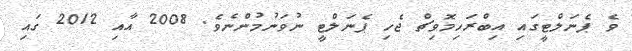
ވެ ޕެނަލްޓީގައި އިބްރަހިމޮވިޗް ޖެހި ޕެނަލްޓީ ނުވަނުމުންނެވެ. 2008 އާއި 2012 ގައި